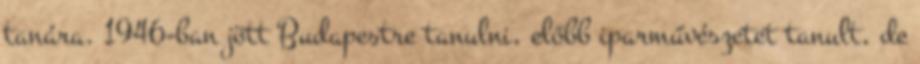
tanára. 1946-ban jött Budapestre tanulni, előbb iparművészetet tanult, de